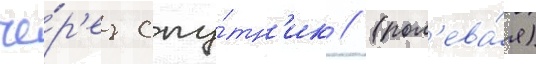
че́р'ез спу́тн'ик // (пол'ева́я)